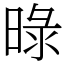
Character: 㫽